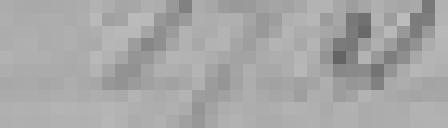
173